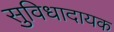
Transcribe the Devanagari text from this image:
सुविधादायक